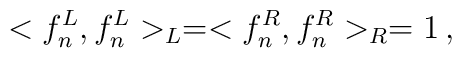
<f_n^L,f_n^L>_L= <f_n^R,f_n^R>_R=1 \, ,